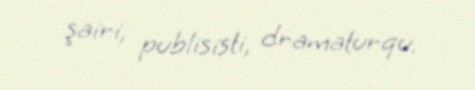
şairi, publisisti, dramaturqu.